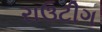
રાઉટીગ